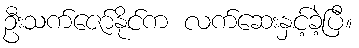
ဦးသက်ဇော်နိုင်က လက်ဆေးနှင့်ခဲ့ပြီ။